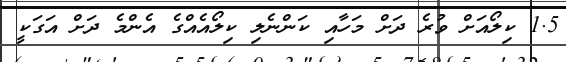
1.5 ކިލޯއަށް ވުރެ ދަށް މަހާއި ކަންނެލި ކިލޯއެއްގެ އެންމެ ދަށް އަގަކީ